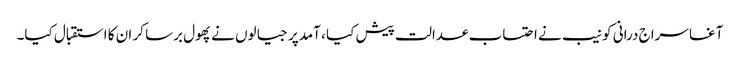
آغا سراج درانی کو نیب نے احتساب عدالت پیش کیا ، آمدپر جیالوں نے پھول برسا کر ان کا استقبال کیا۔